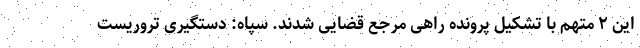
این ۲ متهم با تشکیل پرونده راهی مرجع قضایی شدند. سپاه: دستگیری تروریست